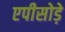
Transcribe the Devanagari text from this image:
एपीसोड़े